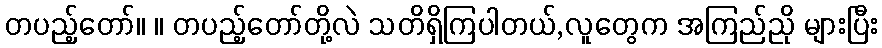
တပည့်တော်။ ။ တပည့်တော်တို့လဲ သတိရှိကြပါတယ်,လူတွေက အကြည်ညို များပြီး